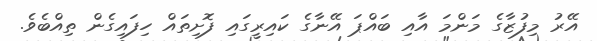
އޭރު މިފުޒާގެ މަންމަ އާއި ބައްޕަ އޭނާގެ ކައިރީގައި ފޮށިތައް ހިފައިގެން ތިއްބެވެ.